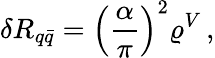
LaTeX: \delta R_{q\bar{q}}=\left(\frac{\alpha}{\pi}\right)^{2}\varrho^{V}\, ,